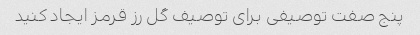
پنج صفت توصیفی برای توصیف گل رز قرمز ایجاد کنید